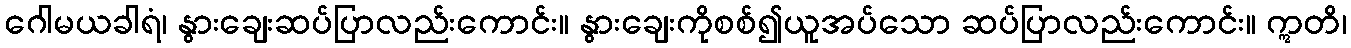
ဂေါမယခါရံ၊ နွားချေးဆပ်ပြာလည်းကောင်း။ နွားချေးကိုစစ်၍ယူအပ်သော ဆပ်ပြာလည်းကောင်း။ ဣတိ၊